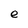
Character: e